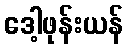
ဒေါ့ဖုန်းယန်